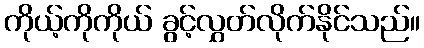
ကိုယ့်ကိုကိုယ် ခွင့်လွှတ်လိုက်နိုင်သည်။